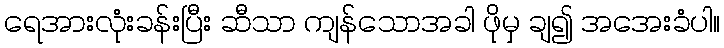
ရေအားလုံးခန်းပြီး ဆီသာ ကျန်သောအခါ ဖိုမှ ချ၍ အအေးခံပါ။